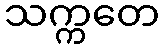
သက္ကတေ